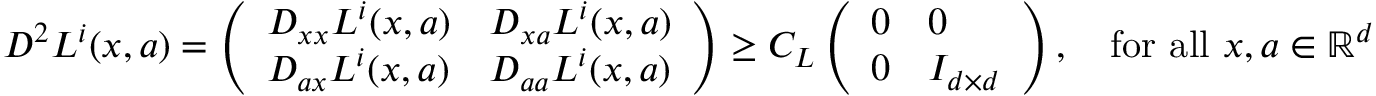
\begin{array} { r } { D ^ { 2 } L ^ { i } ( x , a ) = \left( \begin{array} { l l } { D _ { x x } L ^ { i } ( x , a ) } & { D _ { x a } L ^ { i } ( x , a ) } \\ { D _ { a x } L ^ { i } ( x , a ) } & { D _ { a a } L ^ { i } ( x , a ) } \end{array} \right) \geq C _ { L } \left( \begin{array} { l l } { 0 } & { 0 } \\ { 0 } & { I _ { d \times d } } \end{array} \right) , \quad \mathrm { f o r ~ a l l ~ } x , a \in { \mathbb R } ^ { d } } \end{array}